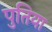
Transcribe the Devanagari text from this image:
पुतिया